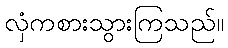
လှံကစားသွားကြသည်။